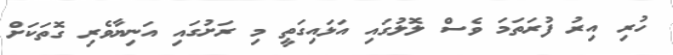
ހުރި އިރު ފުރަތަމަ ވެސް ލޮލުގައި އަޅައިގަތީ މި ރަށުގައި އަނިޔާވެރި ގޮތަކަށް